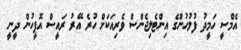
އެމްސީ ހަމީދު ފުލުހުންގެ އިންޓެލިޖެންސް ވެރިއަކަށް ހުރެ އޭރު ރައީސް އޮފީހުން ދީނީ